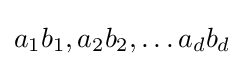
a_{1}b_{1},a_{2}b_{2},\dots a_{d}b_{d}